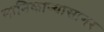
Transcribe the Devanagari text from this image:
मानिकाव्यासागर